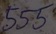
Text: 555